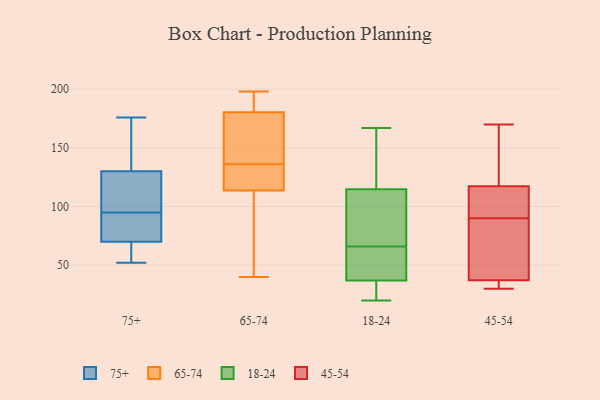
{"axis": {"x": "Waste Production (Tons)", "y": "Value"}, "legend": ["18-24", "45-54", "65-74", "75+"], "data": [{"x": "", "y": 58, "type": "75+"}, {"x": "", "y": 68, "type": "75+"}, {"x": "", "y": 139, "type": "75+"}, {"x": "", "y": 70, "type": "75+"}, {"x": "", "y": 130, "type": "75+"}, {"x": "", "y": 176, "type": "75+"}, {"x": "", "y": 117, "type": "75+"}, {"x": "", "y": 85, "type": "75+"}, {"x": "", "y": 52, "type": "75+"}, {"x": "", "y": 91, "type": "75+"}, {"x": "", "y": 108, "type": "75+"}, {"x": "", "y": 74, "type": "75+"}, {"x": "", "y": 160, "type": "75+"}, {"x": "", "y": 99, "type": "75+"}, {"x": "", "y": 179, "type": "65-74"}, {"x": "", "y": 140, "type": "65-74"}, {"x": "", "y": 113, "type": "65-74"}, {"x": "", "y": 116, "type": "65-74"}, {"x": "", "y": 198, "type": "65-74"}, {"x": "", "y": 57, "type": "65-74"}, {"x": "", "y": 134, "type": "65-74"}, {"x": "", "y": 65, "type": "65-74"}, {"x": "", "y": 191, "type": "65-74"}, {"x": "", "y": 136, "type": "65-74"}, {"x": "", "y": 181, "type": "65-74"}, {"x": "", "y": 135, "type": "65-74"}, {"x": "", "y": 136, "type": "65-74"}, {"x": "", "y": 40, "type": "65-74"}, {"x": "", "y": 171, "type": "65-74"}, {"x": "", "y": 116, "type": "65-74"}, {"x": "", "y": 189, "type": "65-74"}, {"x": "", "y": 113, "type": "65-74"}, {"x": "", "y": 190, "type": "65-74"}, {"x": "", "y": 111, "type": "18-24"}, {"x": "", "y": 167, "type": "18-24"}, {"x": "", "y": 43, "type": "18-24"}, {"x": "", "y": 116, "type": "18-24"}, {"x": "", "y": 66, "type": "18-24"}, {"x": "", "y": 25, "type": "18-24"}, {"x": "", "y": 20, "type": "18-24"}, {"x": "", "y": 35, "type": "18-24"}, {"x": "", "y": 66, "type": "18-24"}, {"x": "", "y": 78, "type": "18-24"}, {"x": "", "y": 119, "type": "18-24"}, {"x": "", "y": 157, "type": "18-24"}, {"x": "", "y": 63, "type": "18-24"}, {"x": "", "y": 24, "type": "18-24"}, {"x": "", "y": 76, "type": "18-24"}, {"x": "", "y": 122, "type": "45-54"}, {"x": "", "y": 160, "type": "45-54"}, {"x": "", "y": 118, "type": "45-54"}, {"x": "", "y": 37, "type": "45-54"}, {"x": "", "y": 30, "type": "45-54"}, {"x": "", "y": 83, "type": "45-54"}, {"x": "", "y": 96, "type": "45-54"}, {"x": "", "y": 90, "type": "45-54"}, {"x": "", "y": 100, "type": "45-54"}, {"x": "", "y": 83, "type": "45-54"}, {"x": "", "y": 115, "type": "45-54"}, {"x": "", "y": 38, "type": "45-54"}, {"x": "", "y": 170, "type": "45-54"}, {"x": "", "y": 30, "type": "45-54"}, {"x": "", "y": 31, "type": "45-54"}]}